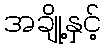
အချို့နှင့်